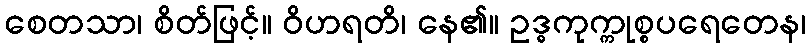
စေတသာ၊ စိတ်ဖြင့်။ ဝိဟရတိ၊ နေ၏။ ဥဒ္ဓကုက္ကုစ္စပရေတေန၊